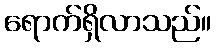
ရောက်ရှိလာသည်။